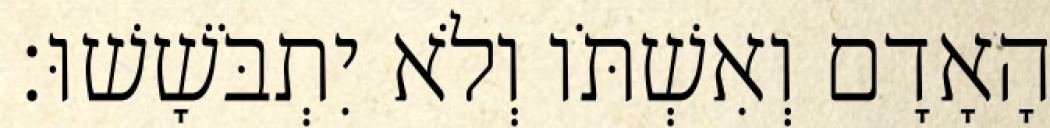
הָאָדָם וְאִשְׁתֹּו וְלֹא יִתְבֹּשָׁשׁוּ׃